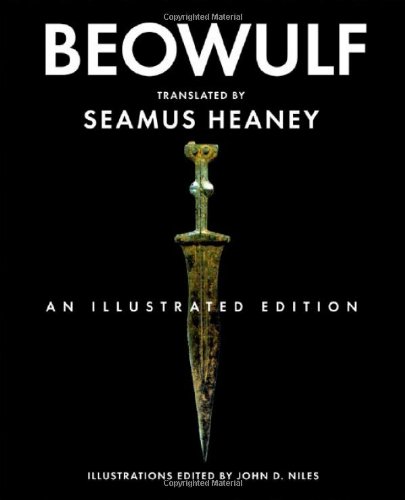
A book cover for Beowulf: An Illustrated Edition; Literature & Fiction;